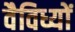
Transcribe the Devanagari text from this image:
वैविध्यों